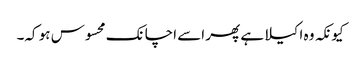
کیونکہ وہ اکیلا ہے پھر اسے اچانک محسوس ہو کہ۔